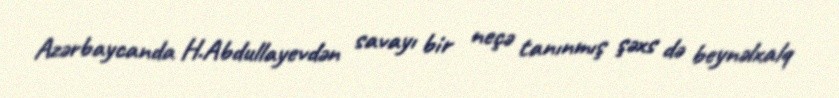
Azərbaycanda H.Abdullayevdən savayı bir neçə tanınmış şəxs də beynəlxalq